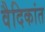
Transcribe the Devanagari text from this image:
वैदिकांत